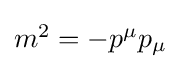
{\textstyle m^{2}=-p^{\mu }p_{\mu }}